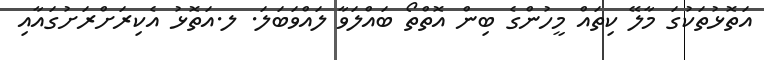
އަތޮޅުތަކުގަ މާލޭ ކިތައް މީހުންގެ ބިން އޮތްތޯ ބައްލަވާ ލައްވަބަލަ. ލ.އަތޮޅު އެކިރަށްރަށުގައާއި